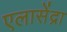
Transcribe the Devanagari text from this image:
एलासेंद्रा